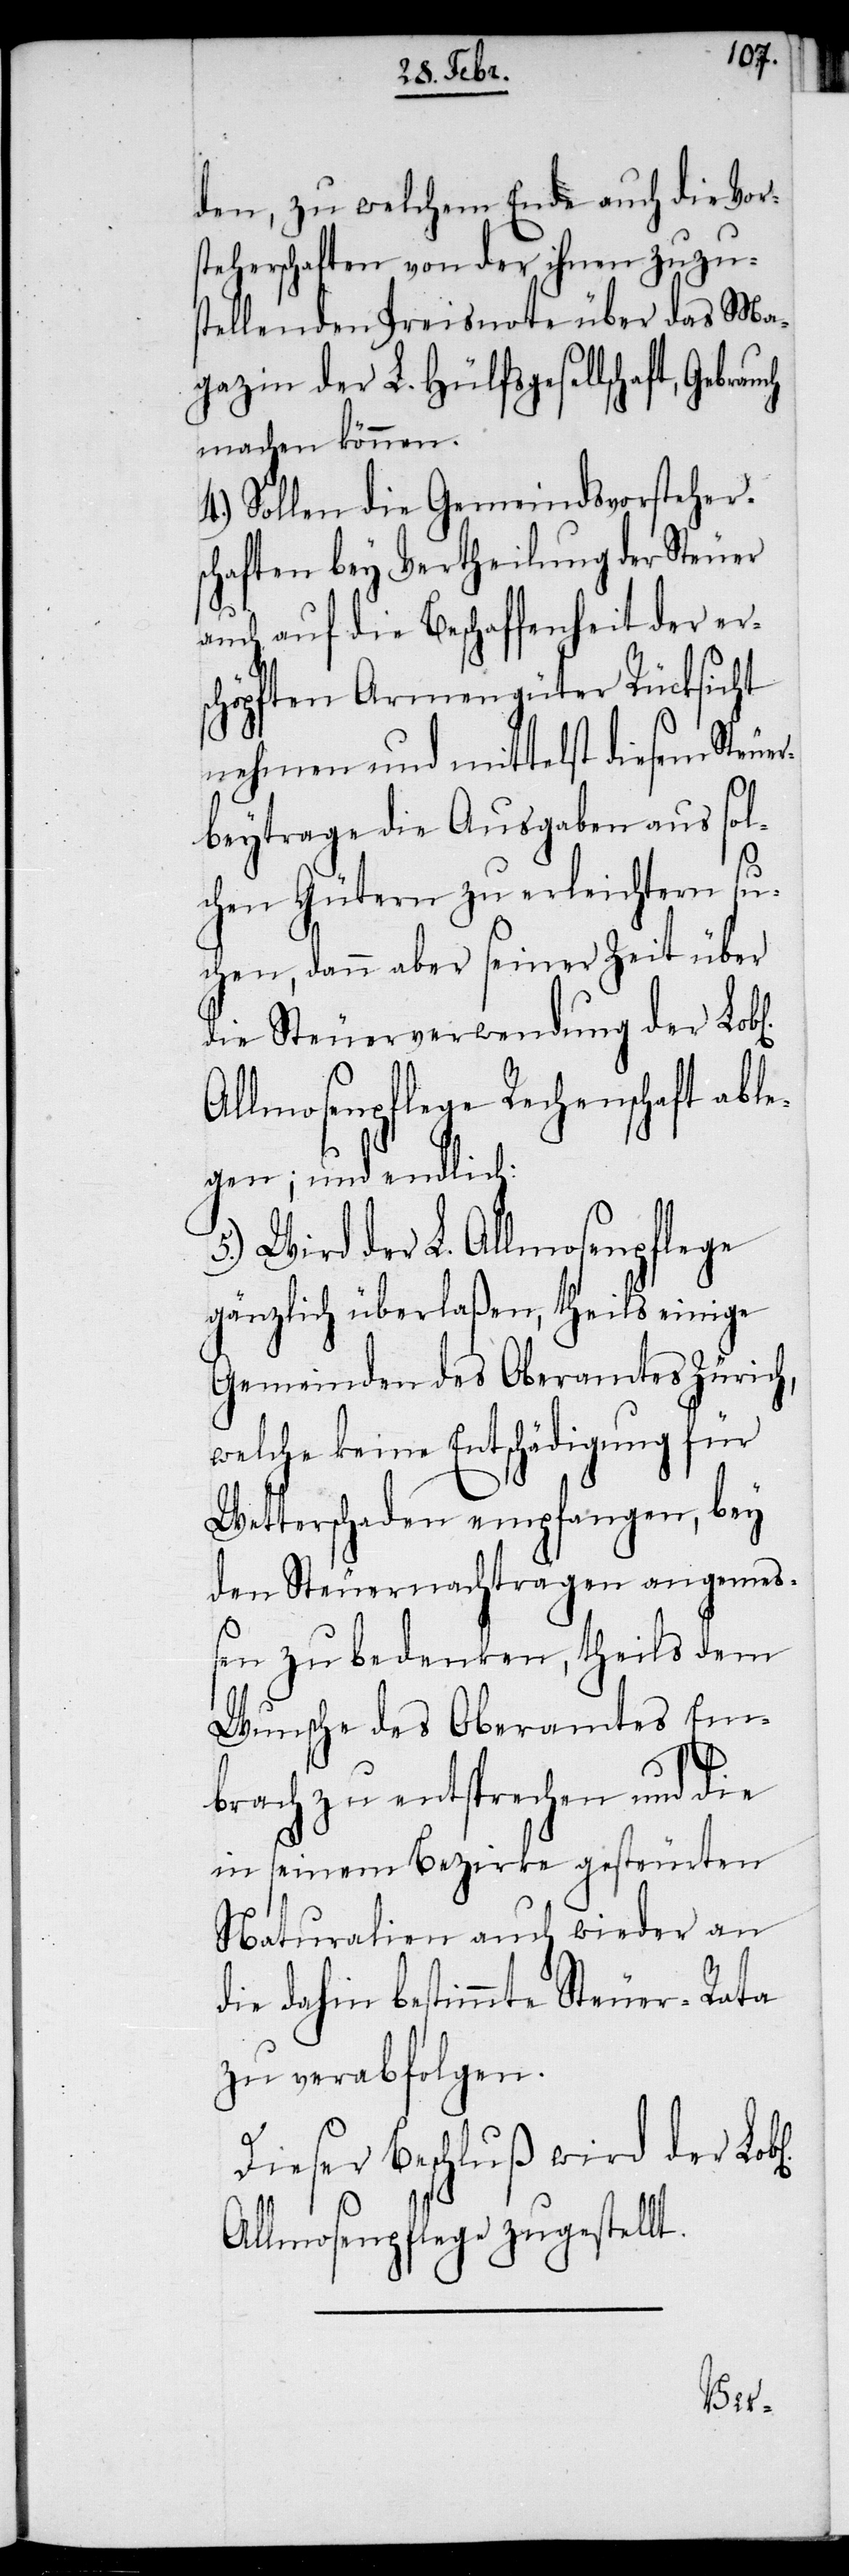
den, zu welchem Ende auch die Vor¬
steherschaften von der ihnen zuzu¬
stellenden Preisnote über das Ma¬
gazin der L. Hülfsgesellschaft,
machen können.
4.) Sollen die Gemeindsvorsteher¬
schaften bey Vertheilung der Steuer
auch auf die Beschaffenheit der ers¬
chöpften Armengüter Rücksicht
nehmen und mittelst diesem Steuer¬
beytrage die Ausgaben aus sol¬
chen Gütern zu erleichtern su¬
chen, dann aber seiner Zeit über
die Steuerverwendung der
Allmosenpflege Rechenschaft abl¬
egen; und endlich:
Wird der L. Allmosenpflege
gänzlich überlaßen, theils einige
Gemeinden des Oberamtes Zürich,
welche keine Entschädigung für
Wetterschaden empfangen, bey
den Steuernachträgen angemeß¬
en zu bedenken, theils dem
Wunsche des Oberamtes Em¬
brach zu entsprechen und die
in seinem Bezirke gesteurten
Naturalien auch wieder an
die dahin bestimmte Steuer-Rata
zu verabfolgen.
Dieser Beschluß wird der
Allmosenpflege zugestellt.